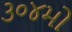
૩૦૪મો